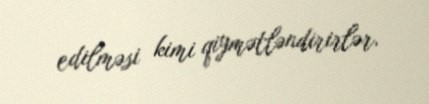
edilməsi kimi qiymətləndirirlər.